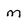
Character: m